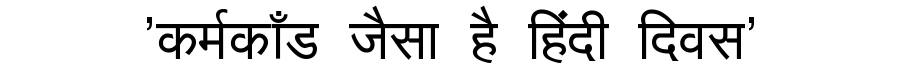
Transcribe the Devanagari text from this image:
'कर्मकाँड जैसा है हिंदी दिवस'